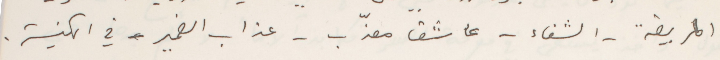
المريضة - الشفاء - عاشق معذّب - عذاب الضمير - في الكنيسة.